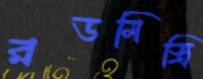
রডমিস্ত্রি